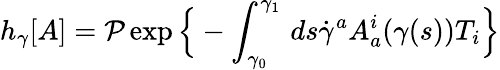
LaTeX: h_{\gamma}[A]={\mathcal{P}}\exp{\Big\{ }-\int_{\gamma_{0}}^{\gamma_{1}}\, ds{\dot{\gamma}}^{a}A_{a}^{i}(\gamma(s))T_{i}{\Big\} }